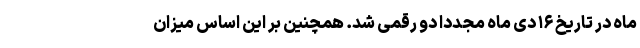
ماه در تاریخ ۱۶ دی ماه مجددا دو رقمی شد. همچنین بر این اساس میزان